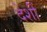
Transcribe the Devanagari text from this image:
देशीं